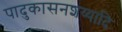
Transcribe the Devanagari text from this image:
पादुकासनशय्यादि